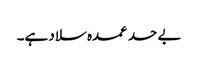
بے حد عمدہ سلاد ہے۔